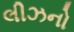
લીઝનો